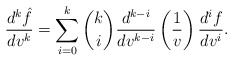
\begin{align*} \frac{d^k\hat{f}}{dv^k}=\sum_{i=0}^k\binom{k}{i}\frac{d^{k-i}}{dv^{k-i}}\left(\frac{1}{v}\right)\frac{d^if}{dv^i}.\end{align*}